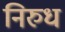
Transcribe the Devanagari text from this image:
निरुध